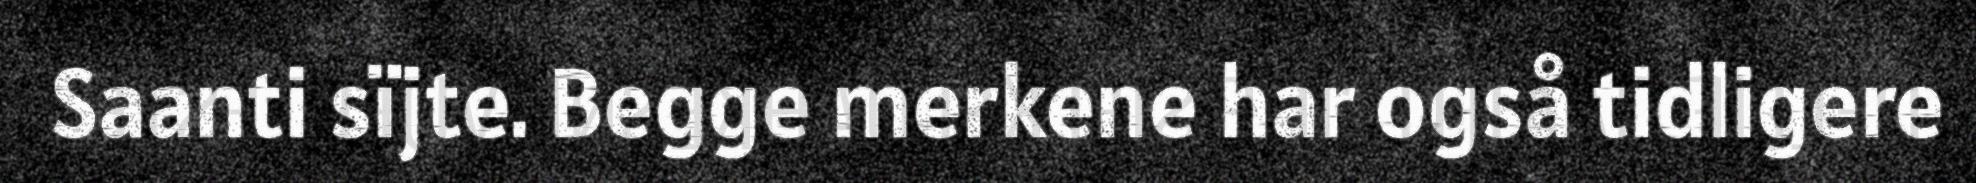
Saanti sïjte. Begge merkene har også tidligere